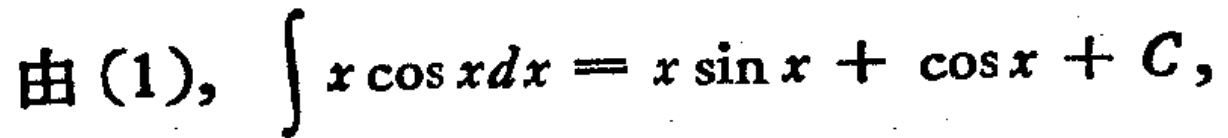
由(1), \(\int x\cos xdx = x\sin x+\cos x + C\)